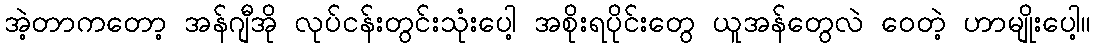
အဲ့တာကတော့ အန်ဂျီအို လုပ်ငန်းတွင်းသုံးပေါ့ အစိုးရပိုင်းတွေ ယူအန်တွေလဲ ဝေတဲ့ ဟာမျိုးပေါ့။